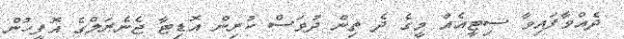
ދެއްވާފައިވާ ސިޓީއެއް މީގެ ދެ ތިން ދުވަސް ކުރިން އޮޑިޓާ ޖެނެރަލްގެ އޮފީހުން